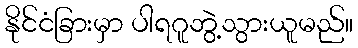
နိုင်ငံခြားမှာ ပါရဂူဘွဲ့သွားယူမည်။